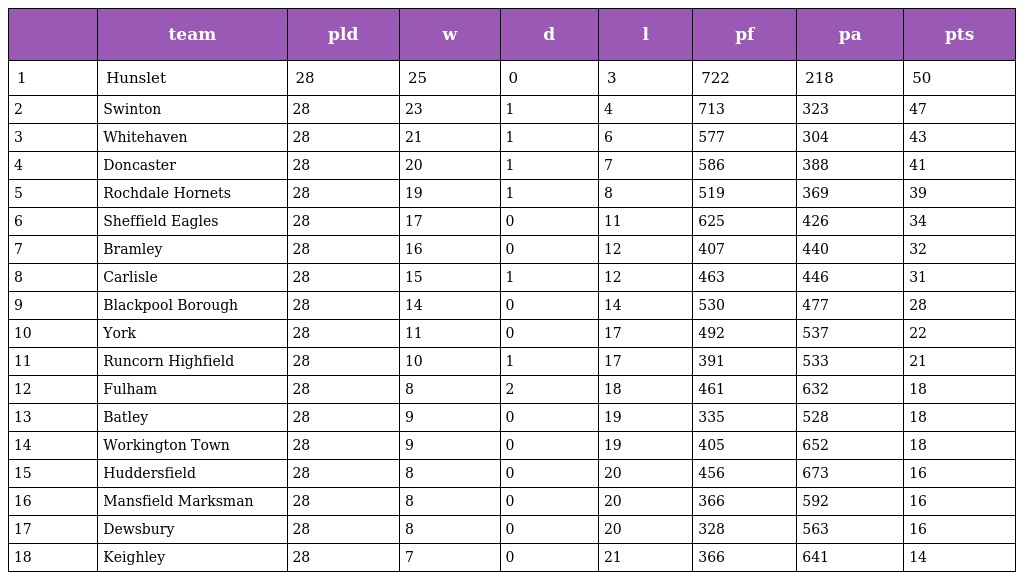
|  | team | pld | w | d | l | pf | pa | pts |
 | --- | --- | --- | --- | --- | --- | --- | --- | --- |
 | 1 | Hunslet | 28 | 25 | 0 | 3 | 722 | 218 | 50 |
 | 2 | Swinton | 28 | 23 | 1 | 4 | 713 | 323 | 47 |
 | 3 | Whitehaven | 28 | 21 | 1 | 6 | 577 | 304 | 43 |
 | 4 | Doncaster | 28 | 20 | 1 | 7 | 586 | 388 | 41 |
 | 5 | Rochdale Hornets | 28 | 19 | 1 | 8 | 519 | 369 | 39 |
 | 6 | Sheffield Eagles | 28 | 17 | 0 | 11 | 625 | 426 | 34 |
 | 7 | Bramley | 28 | 16 | 0 | 12 | 407 | 440 | 32 |
 | 8 | Carlisle | 28 | 15 | 1 | 12 | 463 | 446 | 31 |
 | 9 | Blackpool Borough | 28 | 14 | 0 | 14 | 530 | 477 | 28 |
 | 10 | York | 28 | 11 | 0 | 17 | 492 | 537 | 22 |
 | 11 | Runcorn Highfield | 28 | 10 | 1 | 17 | 391 | 533 | 21 |
 | 12 | Fulham | 28 | 8 | 2 | 18 | 461 | 632 | 18 |
 | 13 | Batley | 28 | 9 | 0 | 19 | 335 | 528 | 18 |
 | 14 | Workington Town | 28 | 9 | 0 | 19 | 405 | 652 | 18 |
 | 15 | Huddersfield | 28 | 8 | 0 | 20 | 456 | 673 | 16 |
 | 16 | Mansfield Marksman | 28 | 8 | 0 | 20 | 366 | 592 | 16 |
 | 17 | Dewsbury | 28 | 8 | 0 | 20 | 328 | 563 | 16 |
 | 18 | Keighley | 28 | 7 | 0 | 21 | 366 | 641 | 14 |